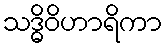
သဒ္ဓိဝိဟာရိကာ